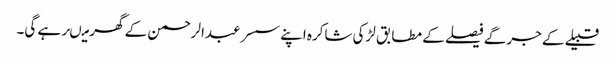
قبیلے کے جرگے فیصلے کے مطابق لڑکی شاکرہ اپنے سسر عبدالرحمن کے گھر میںرہے گی۔